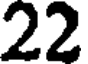
22